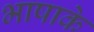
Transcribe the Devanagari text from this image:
भाषाके